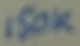
Text: 150K